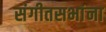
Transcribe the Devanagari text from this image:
संगीतसभांना